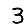
Digit: 3